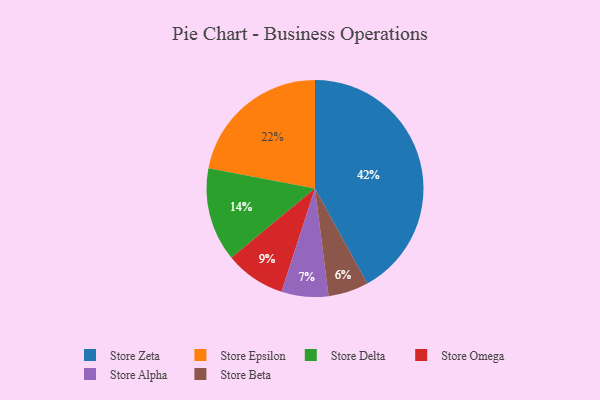
{"axis": {"x": "Category", "y": "Percentage"}, "legend": ["Store Alpha", "Store Beta", "Store Delta", "Store Epsilon", "Store Omega", "Store Zeta"], "data": [{"x": "Store Zeta", "y": 42, "type": "Store Zeta"}, {"x": "Store Beta", "y": 6, "type": "Store Beta"}, {"x": "Store Omega", "y": 9, "type": "Store Omega"}, {"x": "Store Delta", "y": 14, "type": "Store Delta"}, {"x": "Store Alpha", "y": 7, "type": "Store Alpha"}, {"x": "Store Epsilon", "y": 22, "type": "Store Epsilon"}]}